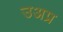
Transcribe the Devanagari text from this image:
उअप्र